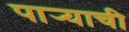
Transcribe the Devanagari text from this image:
पार्‍याची